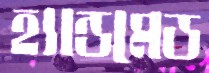
হ্যান্ডমেড